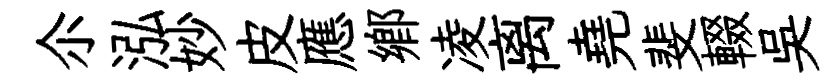
尒泓妙皮應郷凌离堯斐輟吳